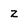
Character: z